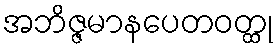
အဘိဇ္ဇမာနပေတဝတ္ထု